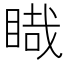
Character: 睵